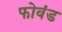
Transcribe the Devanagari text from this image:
फोवंड